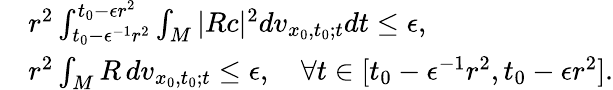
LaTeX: \begin{array}{rl}&{r^{2}\int_{t_{0}-\epsilon^{-1}r^{2}}^{t_{0}-\epsilon r^{2}}\int_{M}|Rc|^{2}dv_{x_{0},t_{0};t}dt\le\epsilon,}\\ &{r^{2}\int_{M}R\, dv_{x_{0},t_{0};t}\leq\epsilon,\quad\forall t\in[t_{0}-\epsilon^{-1}r^{2},t_{0}-\epsilon r^{2}].}\end{array}